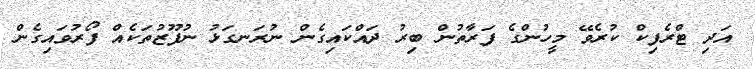
އަދި ޓްރެފިކް ކުރެވޭ މީހުންގެ ފަރާތުން ބިރު ދައްކައިގެން ނުރަނގަޅު ނުފޫޒުތަކެއް ފޯރުވައިގެން